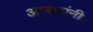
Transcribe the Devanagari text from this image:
अप्सरांनी